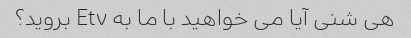
هی شنی آیا می خواهید با ما به Etv بروید؟